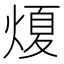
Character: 𤌤